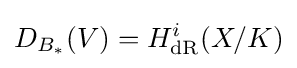
D_{B_{\ast }}(V)=H_{\mathrm {dR} }^{i}(X/K)